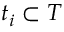
t _ { i } \subset T